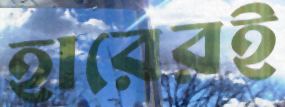
হারেরই